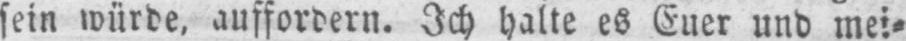
sein würde‚ auffordern. Ich halte es Euer und mei⸗